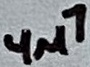
Text: 4µ7